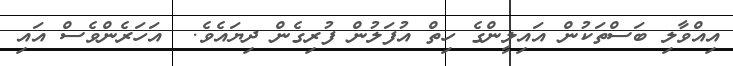
އިއްވާލި ބަސްތަކުން އައިލީންގެ ހިތް އުފަލުން ފުރިގެން ދިޔައެވެ.  އަހަރެންވެސް އައި